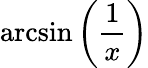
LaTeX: \arcsin\left({\frac{1}{x}}\right)